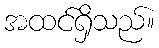
အထင်ရှိသည်။